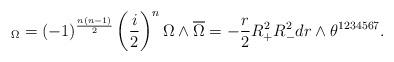
LaTeX: \begin{align*}_{\Omega}=(-1)^{\frac{n(n-1)}{2}}\left(\frac{i}{2}\right)^{n}\Omega\wedge\overline{\Omega}=-\frac{r}{2}R_{+}^{2}R_{-}^{2}dr\wedge\theta^{1234567}. \end{align*}